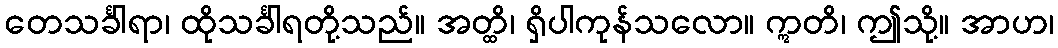
တေသင်္ခါရာ၊ ထိုသင်္ခါရတို့သည်။ အတ္ထိ၊ ရှိပါကုန်သလော။ ဣတိ၊ ဤသို့။ အာဟ၊